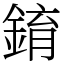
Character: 錥